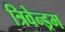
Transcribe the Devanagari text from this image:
त्रिवेन्ड्रम